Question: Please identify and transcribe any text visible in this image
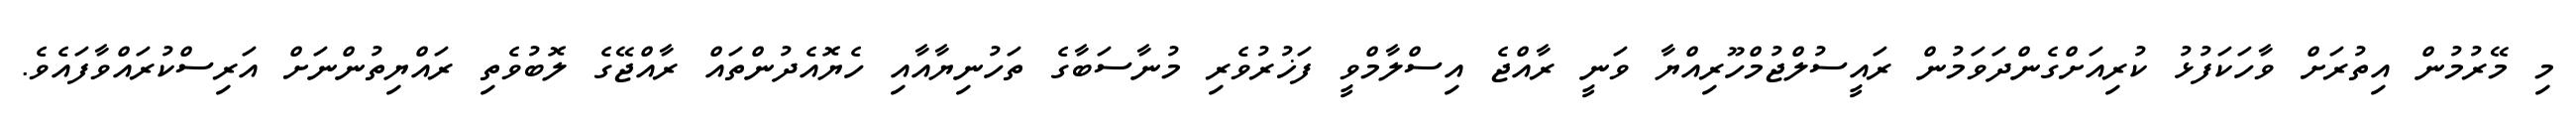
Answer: މި މޭރުމުން އިތުރަށް ވާހަކަފުޅު ކުރިއަށްގެންދަވަމުން ރައީސުލްޖުމްހޫރިއްޔާ ވަނީ ރާއްޖެ އިސްލާމްވީ ފަޚުރުވެރި މުނާސަބާގެ ތަހުނިޔާއާއި ހެޔޮއެދުންތައް ރާއްޖޭގެ ލޮބުވެތި ރައްޔިތުންނަށް އަރިސްކުރައްވާފައެވެ.